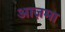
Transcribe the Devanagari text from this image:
आज़मा